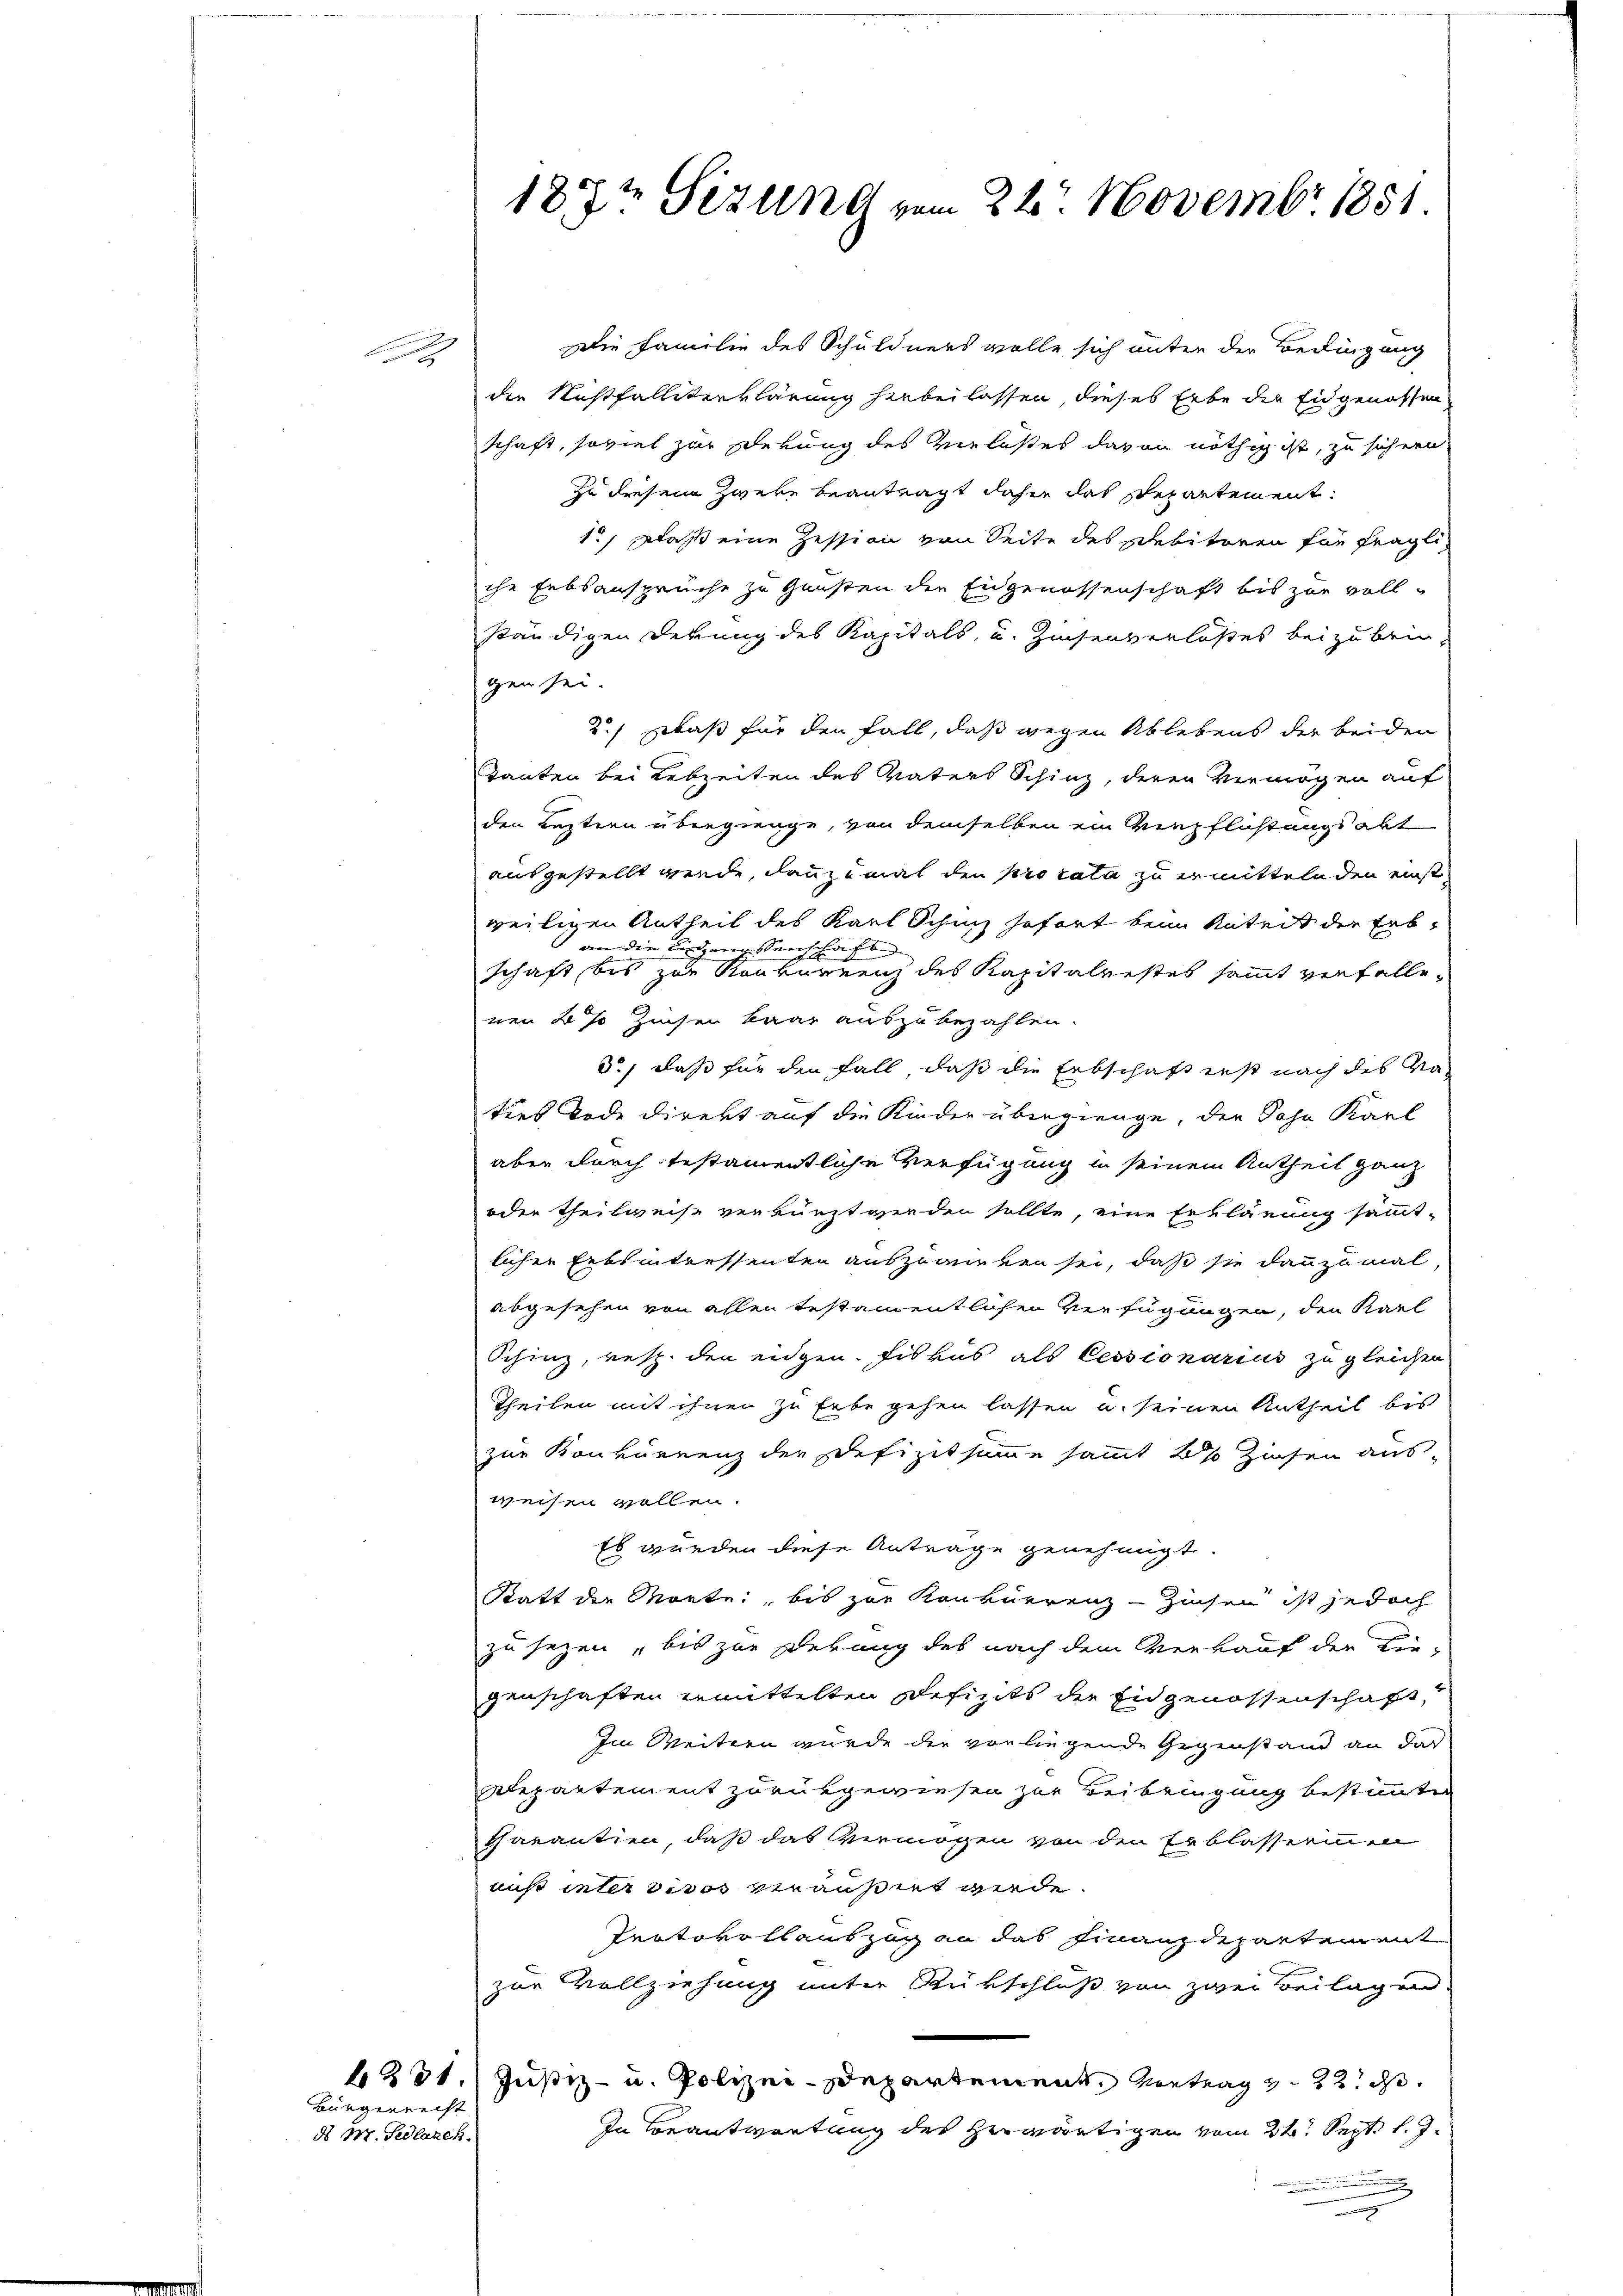
F

Die Familie des Schuldners wolle sich unter der Bedingung
die Nichtfallverklärung hiebeilassen, dieses Erbe der Eingenossen
schaft, soviel zur Sekung des Verlasses davon nöthig ist, zu sichern
zu diesem Zweke beantragt dahin das Repartement.
1., Daß eine Zession von Seite des sibitoren für fragliche Erbsansprüche zu Gunsten die Eidgenossenschaft bis zur vollständigen Derung des Kapitals, u. Zinsenverlasses beizubringen sei.
2.) Zwaß für den Fall, daß wegen Ablebens der beiden
Tanten bei Lebzeiten des Vaters Schinz, deren Vermögen auf
den Leztern übergienge, von demselben ein Verpflichtungsabt
ausgestellt werde, dannzumal den pro rata zu ermitteln den einstweiligen Antheil des Karl Schinz gefort beim Anteilt der Erban die eingenessenschafte
schaft, bis zur Konkurrenz des Kapitalrestes sammt verfallenen 4% Zinsen baar auszubezahlen.
3) daß für den Fall, daß die Erbschaft erst nach des Vaties Tode direkt auf die Kinder übergienge, die Sohn Karl
aber durch testamentliche Verfügung in seinem Antheil ganz
oder Theilweise verkürzt werden sollte, eine Erklärung sämmtlichen Erbsintreffenten auszuanten sei, daß sie dannzumal
abgesehen von allen testamentlichen Verfügungen, den Karl
Schinz, resp. den eingen. Fiskus als Cessionarius zu gleichen
Theilen mit ihnen zu Erbe gehen lassen u. seinen Antheil bis
zur Konkurrenz der Defizitsumme sammt 4% Zinsen aus-
weisen wollen.
Es wurden diese Anträge genehmigt.
Statt der Morte, bis zur Konkurrenz-Zinsen ist jedoch
zu sezen, bis zur Debung des nach dem Verkauf der Die-
genschaften ermittelten Defizits der Eidgenossenschaft
Im Weitern wurde der vorliegende Gegenstand an das
Departement zurükgewiesen zur Beibringung bestimmten
Chavantien, daß das Vermögen von den Erblasserinen
nis inter vivos veräußert werde.
Protokollauszug an das Finanzdepartement
zur Vollziehung unter Rükschluß von zwei Beilagen.
4231. Justiz- u. Polizei-Departement Vortrag v. 22. d
In Beantwortung des Herwärtigen vom 24. Sept. l. J.

.

Bürgerrecht
ds W. Fellaren.

187t Sizung vom 24. Novembr. 1851